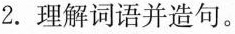
2.理解词语并造句。